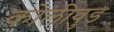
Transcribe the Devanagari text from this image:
कोलीवुड